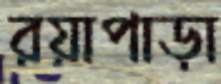
রয়াপাড়া